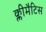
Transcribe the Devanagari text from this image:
क्लीमैटिस